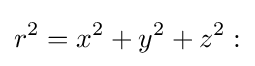
r^{2}=x^{2}+y^{2}+z^{2}: